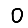
Digit: 0